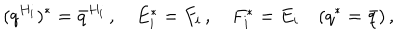
( q ^ { H _ { i } } ) ^ { * } = { \bar { q } } ^ { H _ { i } } \, , \quad E _ { i } ^ { * } = F _ { i } \, , \quad F _ { i } ^ { * } = E _ { i } \quad ( q ^ { * } = \bar { q } ) \, ,